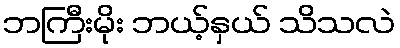
ဘကြီးမိုး ဘယ့်နှယ် သိသလဲ